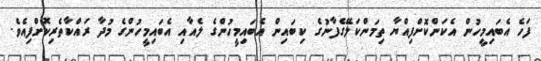
ފަހެ އެބައިމީހުން އެކަންކޮށްފިއްޔާ ތިމަންކަލޭގެފާނުގެ ކިބައިން އެބައިމީހުންގެ ލެއާއި އެބައިމީހުންގެ މުދާ ރައްކާތެރިކޮށްފިއެވެ.